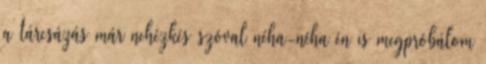
a tárcsázás már nehézkés szóval néha-néha én is megpróbálom